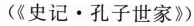
(《史记·孔子世家》)